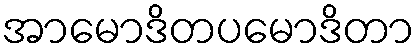
အာမောဒိတပမောဒိတာ